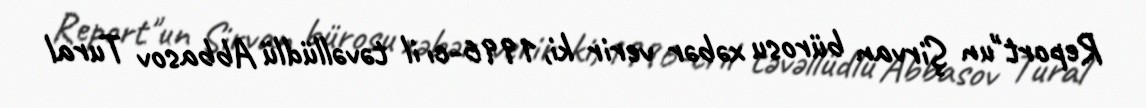
Report"un Şirvan bürosu xəbər verir ki, 1996-cı il təvəllüdlü Abbasov Tural